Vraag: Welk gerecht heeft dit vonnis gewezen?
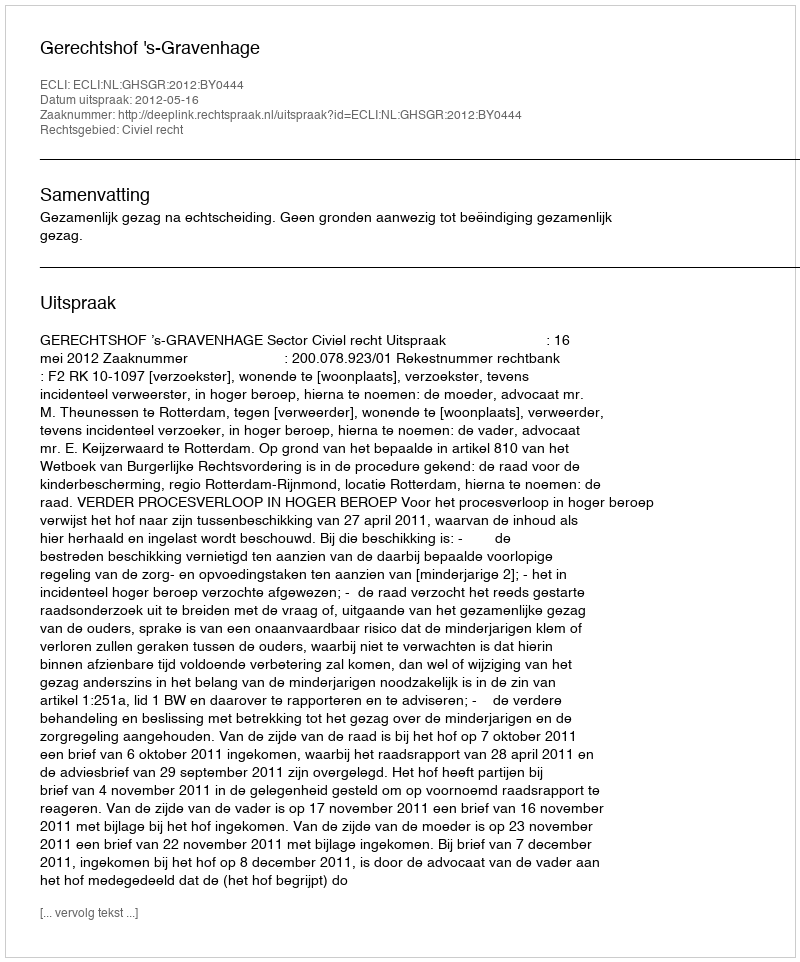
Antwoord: Gerechtshof 's-Gravenhage